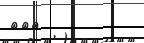
١٨٥